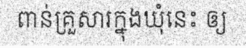
ពាន់គ្រួសារក្នុងឃុំនេះ ឲ្យ